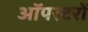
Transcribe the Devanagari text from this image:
ऑपरटरों